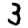
Digit: 3